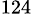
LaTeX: ^{124}